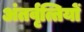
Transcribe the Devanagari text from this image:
अंतर्वृत्तियों